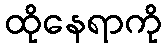
ထိုနေရာကို